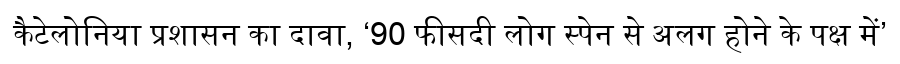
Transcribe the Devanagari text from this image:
कैटेलोनिया प्रशासन का दावा, ‘90 फीसदी लोग स्पेन से अलग होने के पक्ष में’